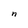
Character: n